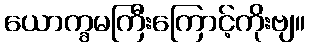
ယောက္ခမကြီးကြောင့်ကိုးဗျ။